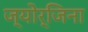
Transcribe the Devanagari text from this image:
ज्योर्जिना